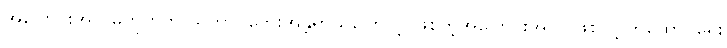
အပြောင်းအလဲမဟုတ်ဘဲ သဘာဝဘေးအန္တရာယ်ကြောင့် ဖြစ်တဲ့အပြောင်းအလဲ ဖြစ်လို့ ထူထောင်ရေး